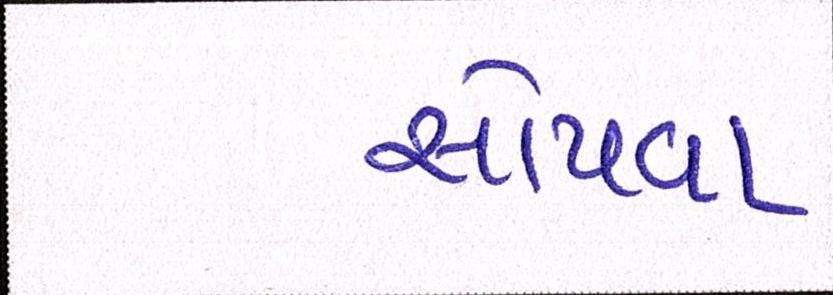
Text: સોંપવા